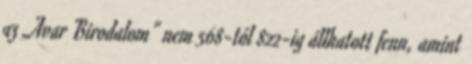
az „Avar Birodalom" nem 568-tól 822-ig állhatott fenn, amint